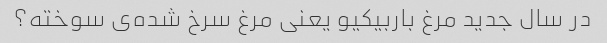
در سال جدید مرغ باربیکیو یعنی مرغ سرخ شده‌ی سوخته؟